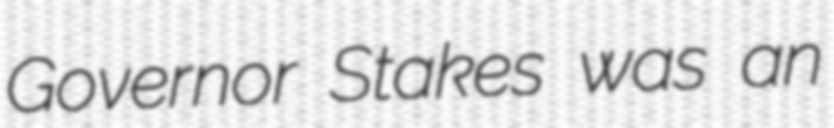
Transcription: Governor Stakes was an